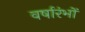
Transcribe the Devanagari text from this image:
वर्षारंभों